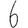
Digit: 6